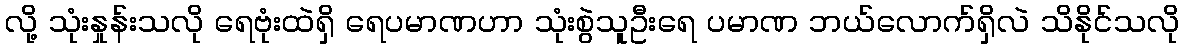
လို့ သုံးနှုန်းသလို ရေဗုံးထဲရှိ ရေပမာဏဟာ သုံးစွဲသူဦးရေ ပမာဏ ဘယ်လောက်ရှိလဲ သိနိုင်သလို